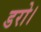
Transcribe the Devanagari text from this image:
डरो।